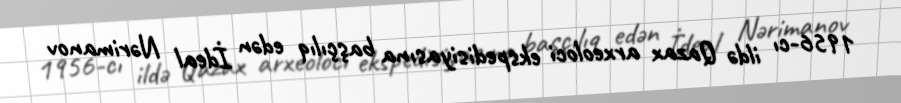
1956-cı ildə Qazax arxeoloci ekspedisiyasına başçılıq edən İdeal Nərimanov